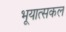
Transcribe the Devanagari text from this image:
भूयात्सकल